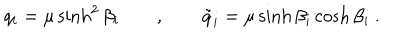
q _ { i } = \mu \sinh ^ { 2 } \beta _ { i } \qquad , \qquad \tilde { q } _ { i } = \mu \sinh \beta _ { i } \cosh \beta _ { i } \ .